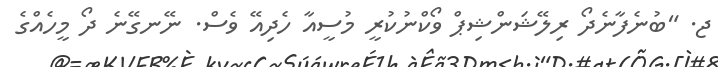
ޖ. "ބުނެފާނެދޯ ރިލޭޝަންޝިޕް ވޯކްނުކުރީ މުސީއާ ހެދިއޭ ވެސް. ނޭނގޭނެ ދޯ މީހެއްގެ